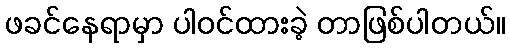
ဖခင်နေရာမှာ ပါဝင်ထားခဲ့ တာဖြစ်ပါတယ်။